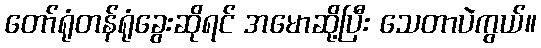
တော်ရုံတန်ရုံခွေးဆိုရင် အမောဆို့ပြီး သေတာပဲကွယ်။